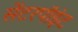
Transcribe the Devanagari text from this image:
सेंटरपॉइंट